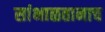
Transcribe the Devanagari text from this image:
सांभाळतानाच